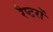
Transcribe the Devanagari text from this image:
रैप्टरों